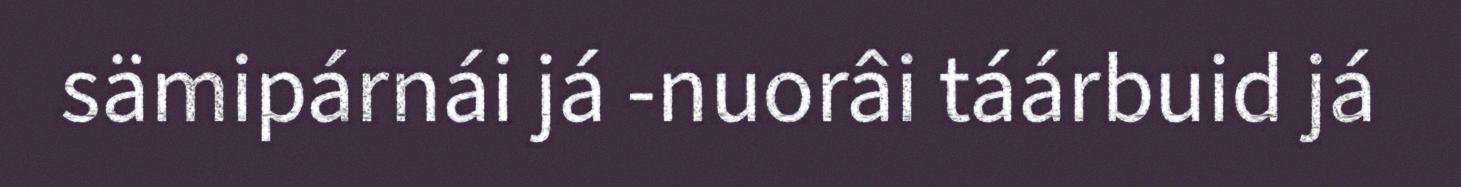
sämipárnái já -nuorâi táárbuid já